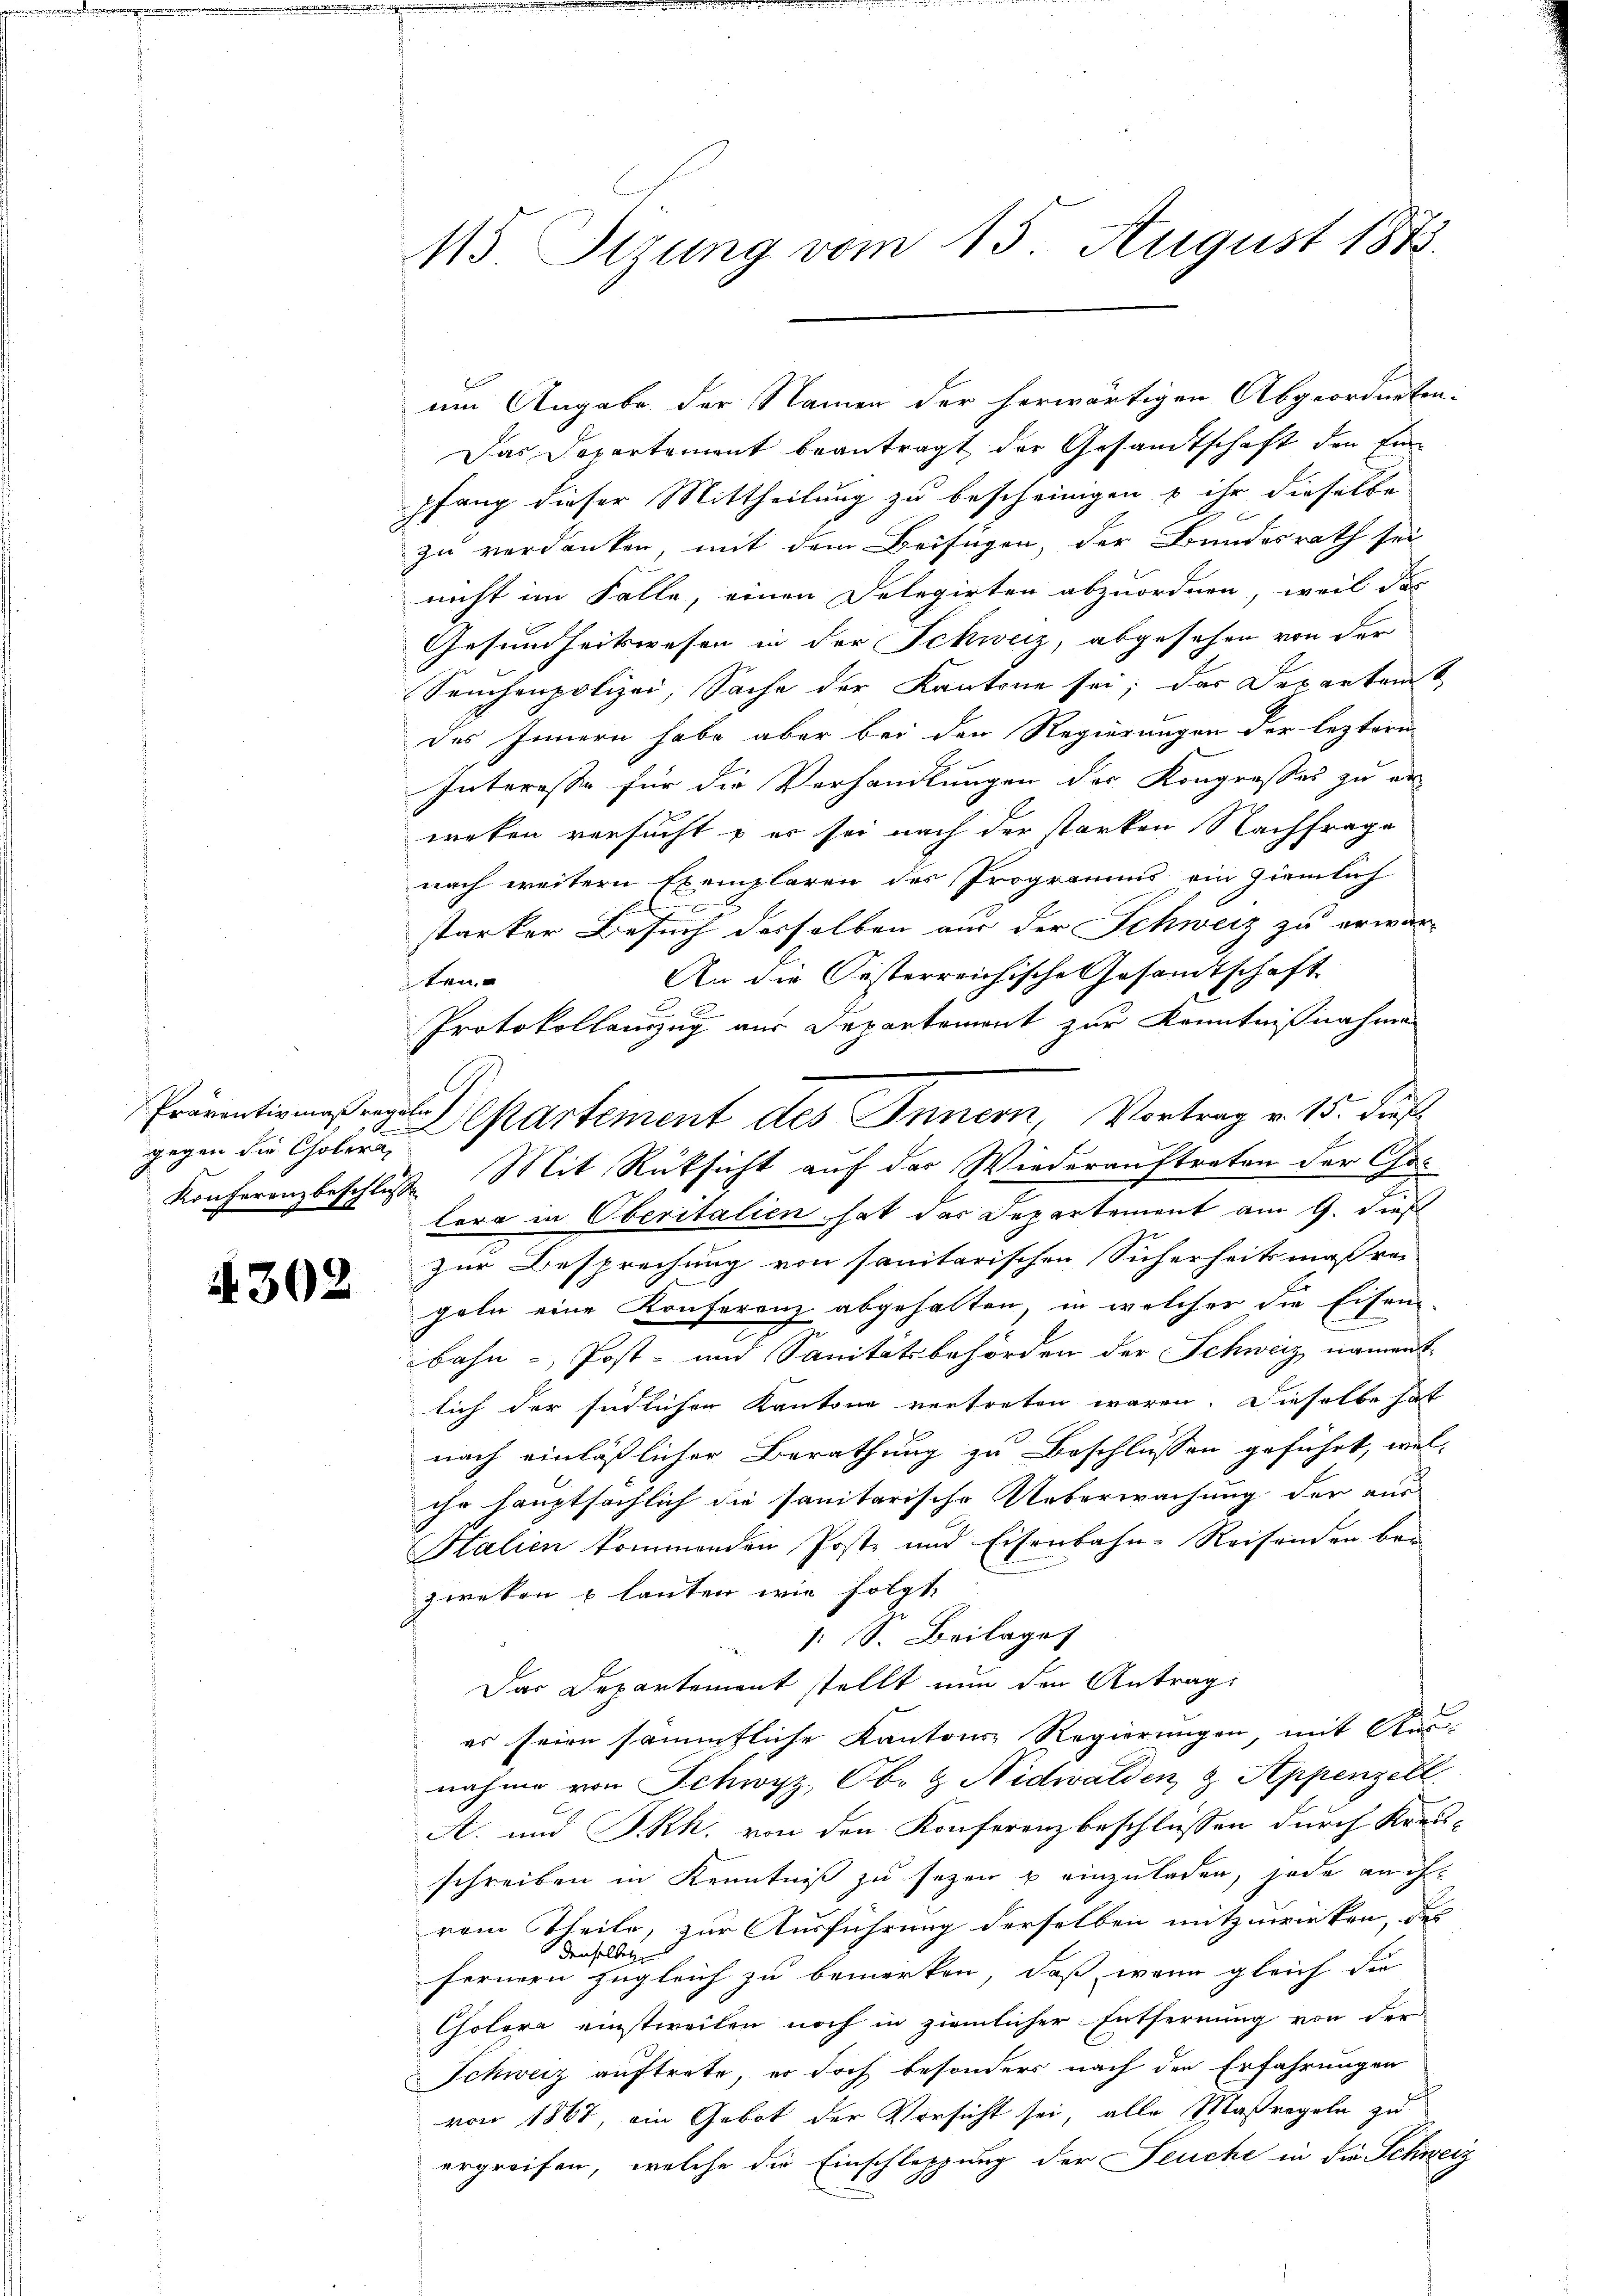
gegen die Cholera

4302

115. Sizung vom 15. August 1873.

um Angabe der Namen der herwärtigen Abgeordneten-
Das Departement beantragt der Gesandtschaft den Einpfang dieser Mittheilung zu bescheinigen u ihr dieselbe
zu verdanken, mit dem Beifügen, der Bundesrath sei
nicht im Falle, einen Delegirten abzuordnen, weil das
Gesundheitswesen in der Schweiz, abgesehen von der
Seuchenpolizei, Sache der Kantone sei; das Departem
des Innern habe aber bei den Regierungen der leztere
Interesse für die Verhandlungen der Kongresses zu er-
weten versucht & er sei nach der starken Nachfrage
nach weitern Exemplaren des Programms ein ziemlich
starker Besuch derselben aus der Schweiz zu erwar-
An die Oesterreichische Gesamtschaft
sten
Protokollanzug aus Departement zur Kenntnißnahme
Konferenzbeschluße Mit Rüksicht auf der Wiederauftreten der Chor
lora in Oberitalien hat das Departement am 9. dieß
zur Besprechung von sanitarischen Sicherheitsmaßre
geln eine Konferenz abgehalten, in welcher die Eisen
bahn -, Post- und Sanitätsbehörden der Schweiz nament
lich der südlichen Kantone vertreten wären. Dieselbe hat
nach einläßlicher Berathung zu Beschlüssen geführt, wel-
ihr hauptsächlich die sanitarische Ueberwachung der aus
Halien kommenden Post- und Eisenbahn-Reisenden be-
zweten & lauten wie folgt.
 1 S. Beilage
Das Departement stellt nun den Antrag:
es seien sämmtliche Kantons Regierungen, mit Ausnahme von Schwyz, Ob- & Nidwalden & Appenzell
A. und S.Rh. von den Konferenzbeschlüssen durch Kreisschreiben in Kenntniß zu sezen u einzuladen, jede auch
rem Theile, zur Ausführung derselben mitzuwirken, des
denselben
fernern zugleich zu bemerken, daß wenn gleich die
Cholere einstweilen noch in ziemlicher Entfernung von der
Schweiz auftrete, er doch besonders nach den Erfahrungen
von 1867, ein Gebot der Vorsicht sei, alle Maßregeln zu
ergreifen, welche die Einschleppung der Seuche in die Schweiz

epartement des Innern, Vortrag v. 15. dies